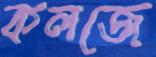
কলজে